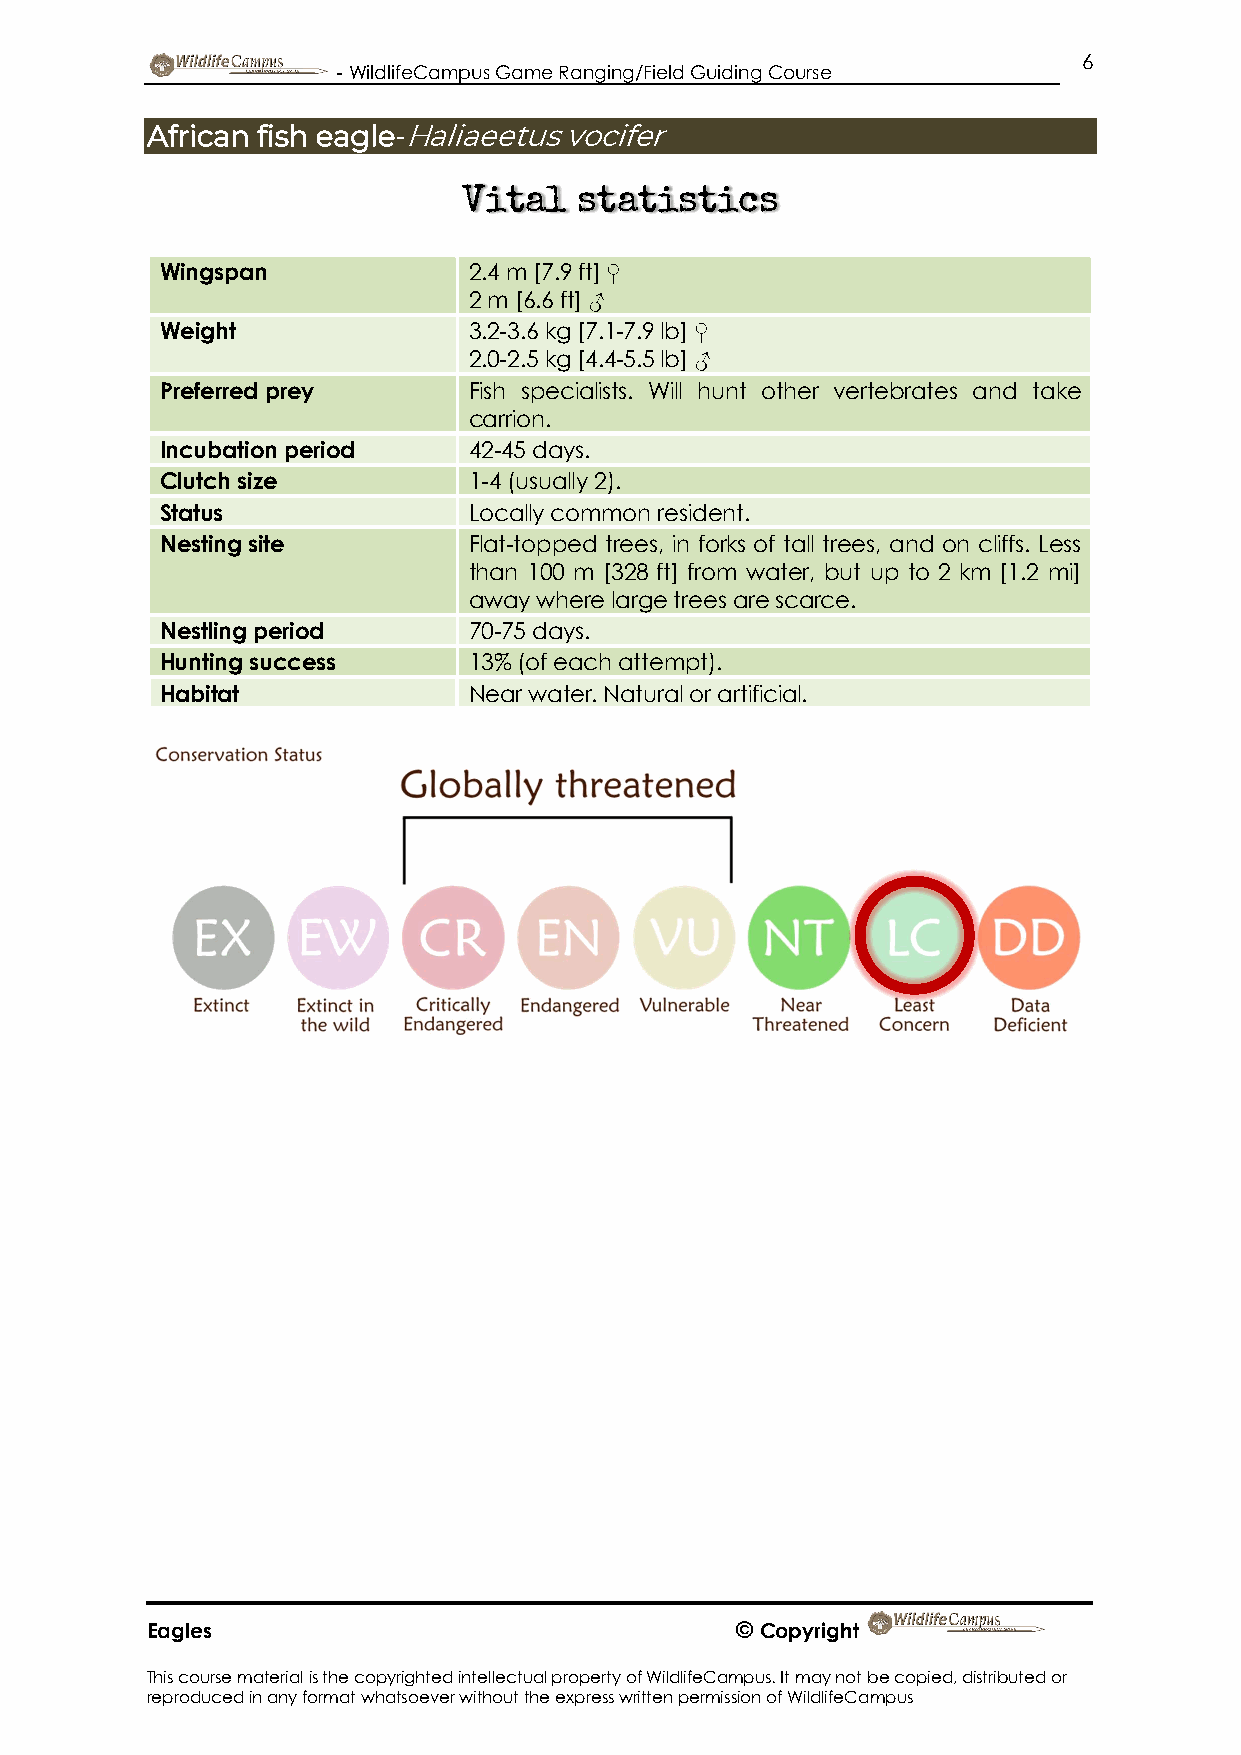
6
 - WildlifeCampus Game Ranging/Field Guiding Course
 African fish eagle-Haliaeetus vocifer
 Vital  statistics
 Wingspan            2.4 m [7.9 ft] ♀
 2 m [6.6 ft] ♂
 Weight              3.2-3.6 kg [7.1-7.9 lb] ♀
 2.0-2.5 kg [4.4-5.5 lb] ♂
 Preferred prey      Fish specialists. Will hunt other vertebrates and take
 carrion.
 Incubation period   42-45 days.
 Clutch size         1-4 (usually 2).
 Status              Locally common resident.
 Nesting site        Flat-topped trees, in forks of tall trees, and on cliffs. Less
 than 100 m [328 ft] from water, but up to 2 km [1.2 mi]
 away where large trees are scarce.
 Nestling period     70-75 days.
 Hunting success     13% (of each attempt).
 Habitat             Near water. Natural or artificial.
 Eagles                                 © Copyright
 This course material is the copyrighted intellectual property of WildlifeCampus. It may not be copied, distributed or
 reproduced in any format whatsoever without the express written permission of WildlifeCampus